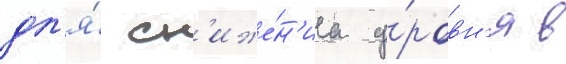
дл'я́ сн'иже́н'иа у́ровн'я в